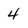
Character: 4